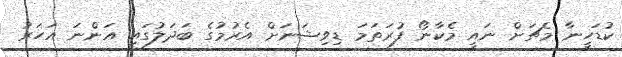
ކުޑަހީނާ މެޗަށް ނައީ މެކާނޯ ފުރަތަމަ ޑިވިޝަނަށް އެރުމުގެ ބަދަލުގައި އަންނަ އަހަރު